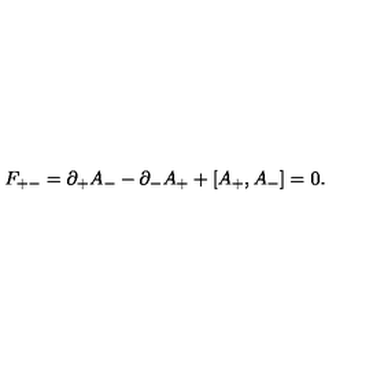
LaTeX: F _ { + - } = \partial _ { + } A _ { - } - \partial _ { - } A _ { + } + [ A _ { + } , A _ { - } ] = 0 .